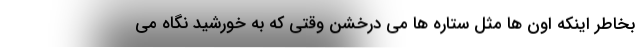
بخاطر اینکه اون ها مثل ستاره ها می درخشن وقتی که به خورشید نگاه می